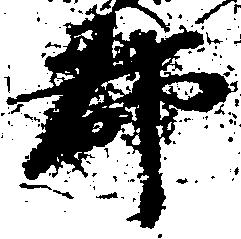
郡